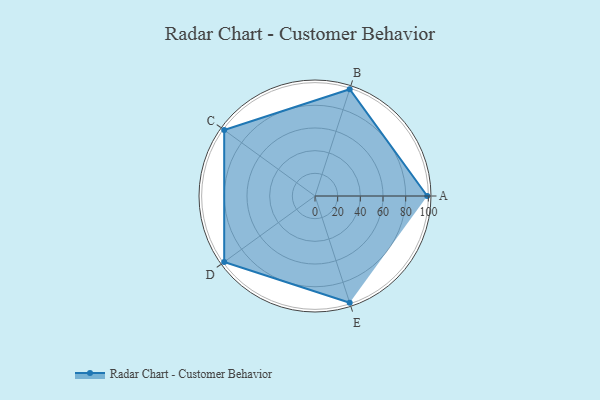
{"axis": {"x": "Skill", "y": "Score"}, "legend": ["Profile"], "data": [{"x": "A", "y": 99, "type": "Profile"}, {"x": "B", "y": 99, "type": "Profile"}, {"x": "C", "y": 99, "type": "Profile"}, {"x": "D", "y": 99, "type": "Profile"}, {"x": "E", "y": 99, "type": "Profile"}]}